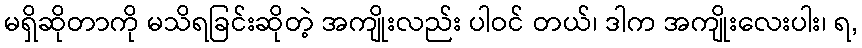
မရှိဆိုတာကို မသိရခြင်းဆိုတဲ့ အကျိုးလည်း ပါဝင် တယ်၊ ဒါက အကျိုးလေးပါး၊ ရ,